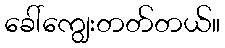
ခေါ်ကျွေးတတ်တယ်။